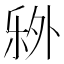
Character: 𬼏